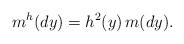
LaTeX: \begin{align*} m^h(dy) = h^2(y) \, m(dy). \end{align*}